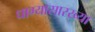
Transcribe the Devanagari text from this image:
धाग्यासारख्या